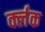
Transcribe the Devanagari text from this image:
र्क्लक